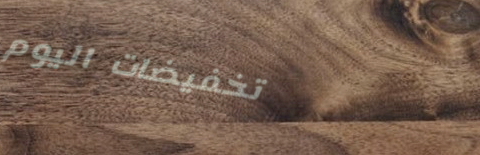
تخفيضات اليوم